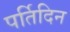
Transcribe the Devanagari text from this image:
पर्तिदिन